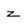
Character: Z